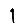
Digit: 1